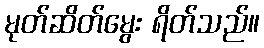
မုတ်ဆိတ်မွေး ရိတ်သည်။